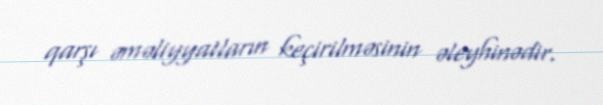
qarşı əməliyyatların keçirilməsinin əleyhinədir.